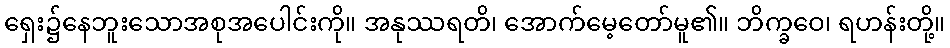
ရှေး၌နေဘူးသောအစုအပေါင်းကို။ အနုဿရတိ၊ အောက်မေ့တော်မူ၏။ ဘိက္ခဝေ၊ ရဟန်းတို့။